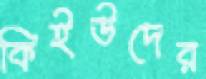
কিইউদের